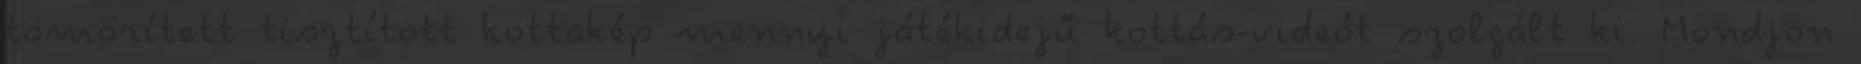
tömörített tisztított kottakép mennyi játékidejű kottás-videót szolgált ki. Mondjon